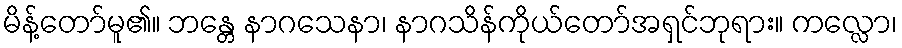
မိန့်တော်မူ၏။ ဘန္တေ နာဂသေနာ၊ နာဂသိန်ကိုယ်တော်အရှင်ဘုရား။ ကလ္လော၊